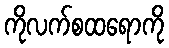
ကိုလက်စထရောကို